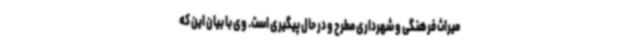
میراث فرهنگی و شهرداری مطرح و در حال پیگیری است. وی با بیان این که